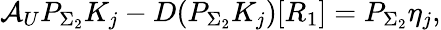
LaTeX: \mathcal{A}_{U}P_{\Sigma_{2}}K_{j}-D(P_{\Sigma_{2}}K_{j})[R_{1}]=P_{\Sigma_{2}}\eta_{j},